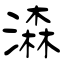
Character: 潹